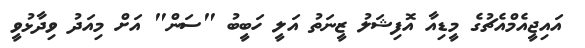
އައިޖީއެމްއެޗުގެ މީޑިއާ އޮފިޝަލު ޒީނަތު އަލީ ހަބީބު "ސަން" އަށް މިއަދު ވިދާޅުވީ